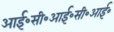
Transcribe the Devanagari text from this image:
आई॰सी॰आई॰सी॰आई॰